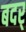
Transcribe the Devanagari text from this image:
बदर्